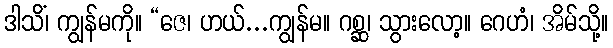
ဒါသိံ၊ ကျွန်မကို။ “ဇေ၊ ဟယ်...ကျွန်မ။ ဂစ္ဆ၊ သွားလော့။ ဂေဟံ၊ အိမ်သို့။